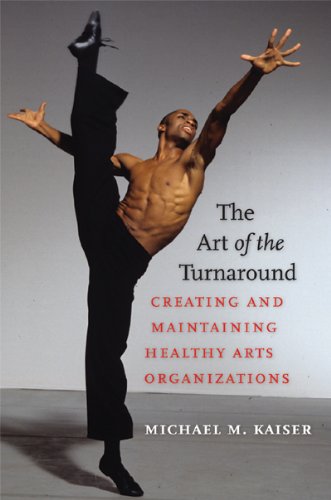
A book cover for The Art of the Turnaround: Creating and Maintaining Healthy Arts Organizations; Michael M. Kaiser; Arts & Photography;